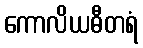
ကောလိယဓီတရံ